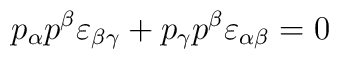
p_{\alpha}p^{\beta}\varepsilon_{\beta \gamma} + p_{\gamma}p^{\beta}\varepsilon_{\alpha \beta} = 0